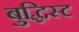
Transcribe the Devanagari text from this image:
बुद्धिस्ट